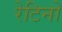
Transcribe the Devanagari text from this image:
रेटिनो